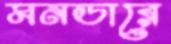
মনডারে